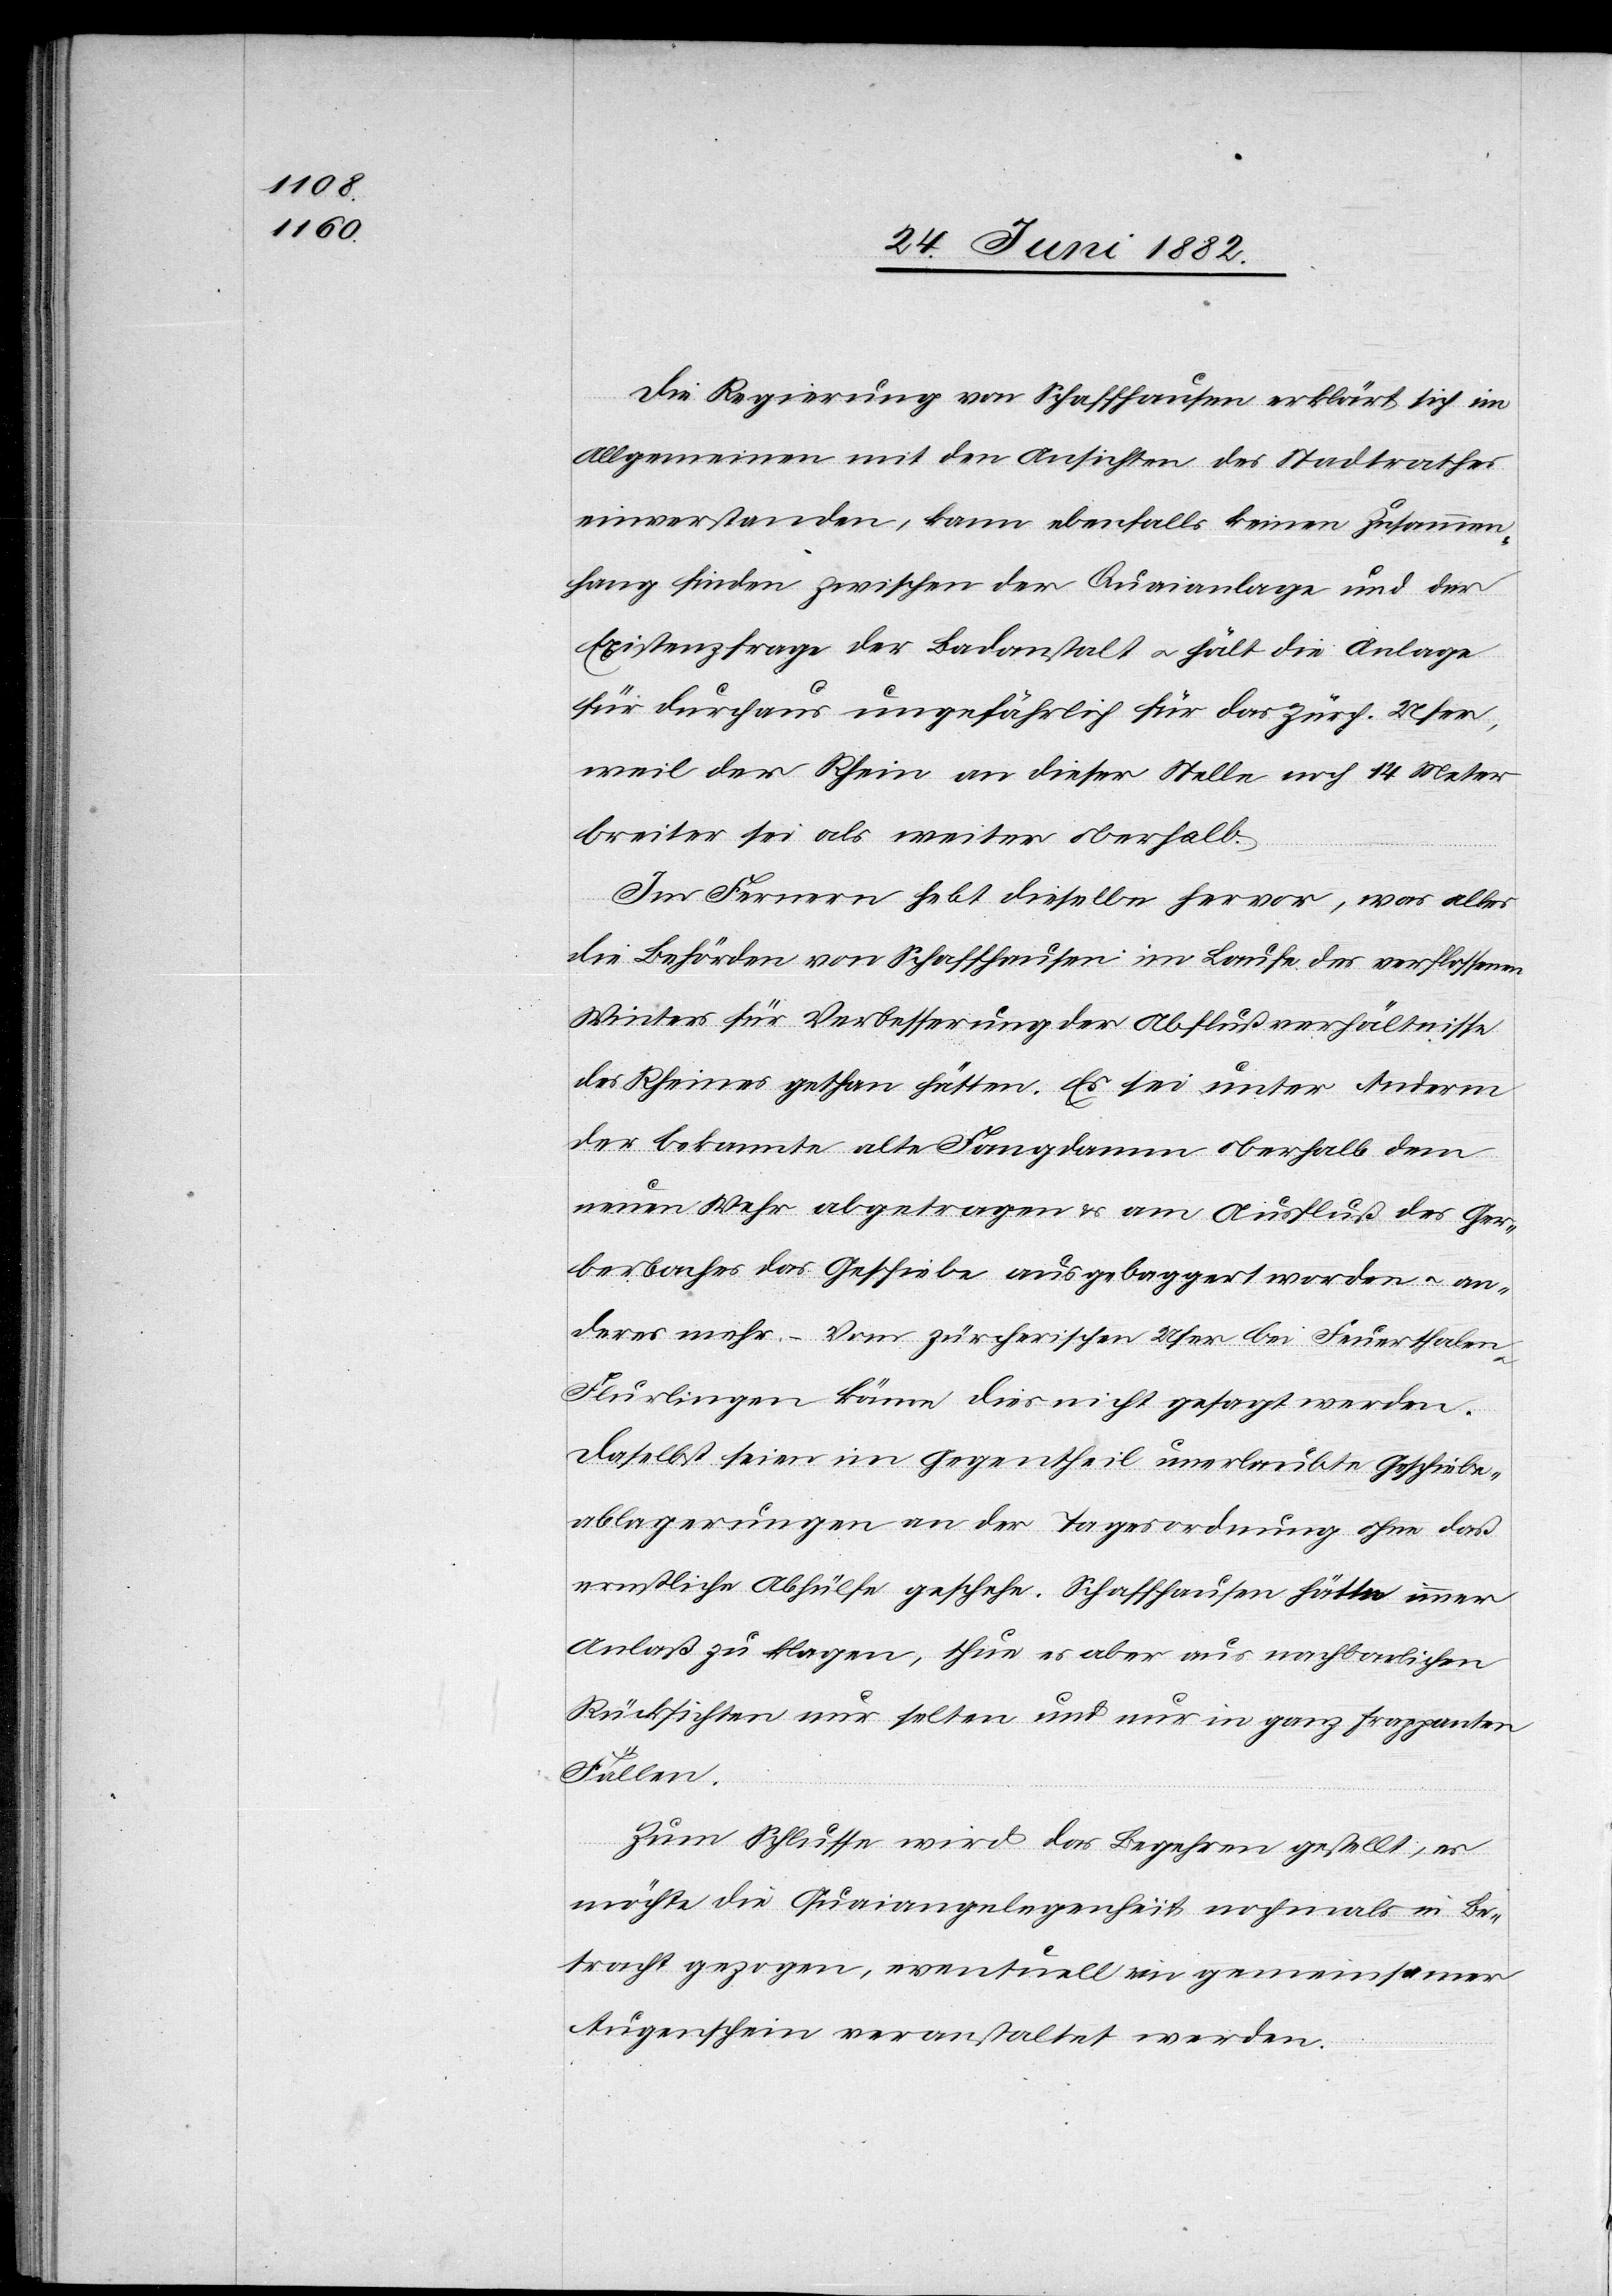
Die Regierung von Schaffhausen erklärt sich im
Allgemeinen mit den Ansichten des Stadtrathes
einverstanden, kann ebenfalls keinen Zusammen¬
hang finden zwischen der Quaianlage und der
Existenzfrage der Badanstalt u. hält die Anlage
für durchaus ungefährlich für das zürch. Ufer,
weil der Rhein an dieser Stelle noch 14 Meter
breiter sei als weiter oberhalb.
Im Fernern hebt dieselbe hervor, was alles
die Behörden von Schaffhausen im Laufe des verflossenen
Winters für Verbesserung der Abflußverhältnisse
des Rheines gethan hätten. Es sei unter Anderm
der bekannte alte Fangdamm oberhalb dem
neuen Wehr abgetragen & am Ausfluß des Ger¬
berbaches das Geschiebe ausgebaggert worden u. an¬
deres mehr. – Vom zürcherischen Ufer bei Feuerthalen
Flurlingen könne dies nicht gesagt werden.
Daselbst seien im Gegentheil unerlaubte Geschiebe¬
ablagerungen an der Tagesordnung ohne daß
ernstliche Abhülfe geschehe. Schaffhausen hätte immer
Anlaß zu klagen, thue es aber aus nachbarlichen
Rücksichten nur selten und nur in ganz frappanten
Fällen.
Zum Schlusse wird das Begehren gestellt, es
möchte die Quaiangelegenheit nochmals in Be¬
tracht gezogen, eventuell ein gemeinsamer
Augenschein veranstaltet werden.